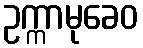
ဥက္ကာမုခေဝ